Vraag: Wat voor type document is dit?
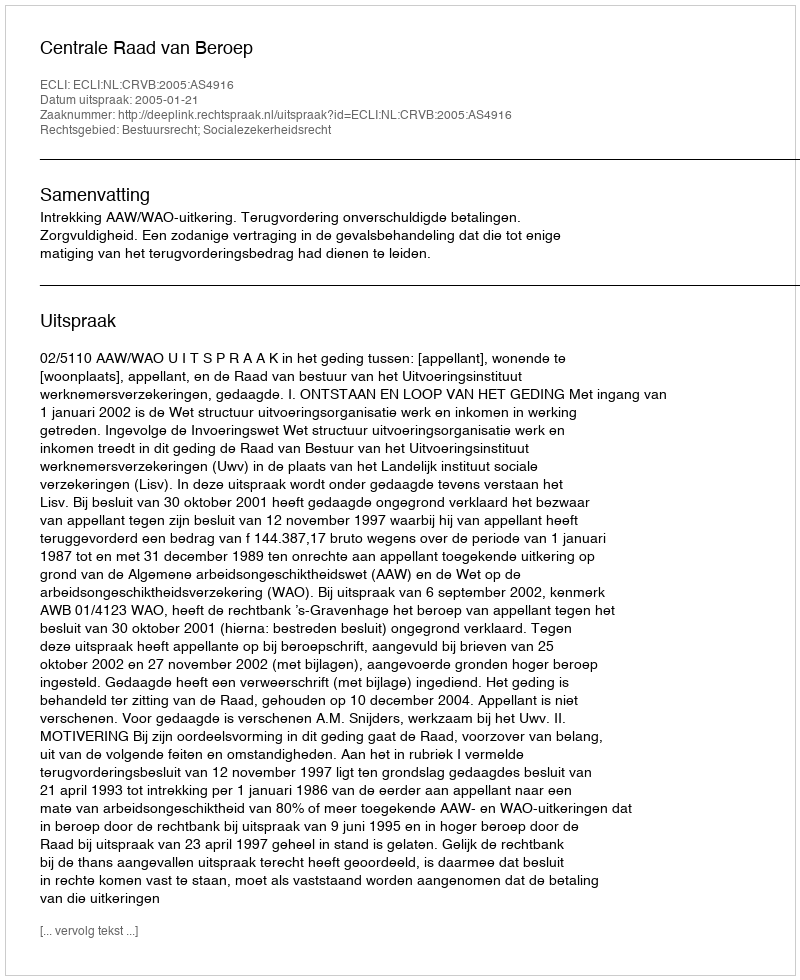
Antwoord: Uitspraak